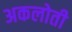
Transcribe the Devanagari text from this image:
अकलोती